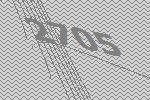
2705